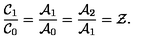
\frac { \mathcal { C } _ { 1 } } { \mathcal { C } _ { 0 } } = \frac { \mathcal { A } _ { 1 } } { \mathcal { A } _ { 0 } } = \frac { \mathcal { A } _ { 2 } } { \mathcal { A } _ { 1 } } = \mathcal { Z } .